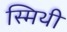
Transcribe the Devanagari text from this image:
स्मिथी